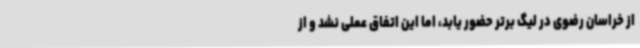
از خراسان رضوی در لیگ برتر حضور یابد، اما این اتفاق عملی نشد و از